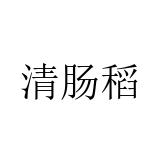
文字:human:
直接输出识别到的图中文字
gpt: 清肠稻